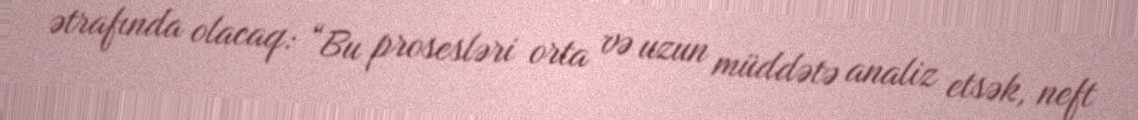
ətrafında olacaq: “Bu prosesləri orta və uzun müddətə analiz etsək, neft